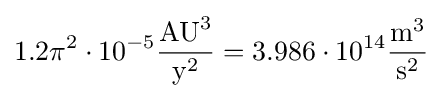
1.2\pi ^{2}\cdot 10^{-5}{\frac {{\text{AU}}^{3}}{{\text{y}}^{2}}}=3.986\cdot 10^{14}{\frac {{\text{m}}^{3}}{{\text{s}}^{2}}}